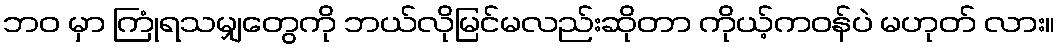
ဘဝ မှာ ကြုံရသမျှတွေကို ဘယ်လိုမြင်မလည်းဆိုတာ ကိုယ့်ကဝန်ပဲ မဟုတ် လား။